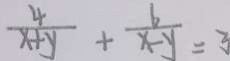
\frac { 4 } { x + y } + \frac { 6 } { x - y } = y